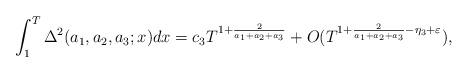
LaTeX: \begin{align*}\int_1^T \Delta^2(a_1,a_2,a_3 ;x) dx=c_3T^{1+\frac{2}{a_1+a_2+a_3}}+O(T^{1+\frac{2}{a_1+a_2+a_3}-\eta_3+\varepsilon}),\end{align*}